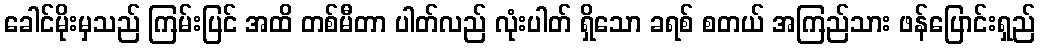
ခေါင်မိုးမှသည် ကြမ်းပြင် အထိ တစ်မီတာ ပါတ်လည် လုံးပါတ် ရှိသော ခရစ် စတယ် အကြည်သား ဖန်ပြောင်းရှည်